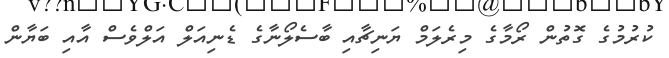
ކުރުމުގެ ގޮތުން ރޯމާގެ މިރެލަމް ޔަނިޗާއި ބާސެލޯނާގެ ޑެނިއަލް އަލްވެސް އާއި ބަޔާން